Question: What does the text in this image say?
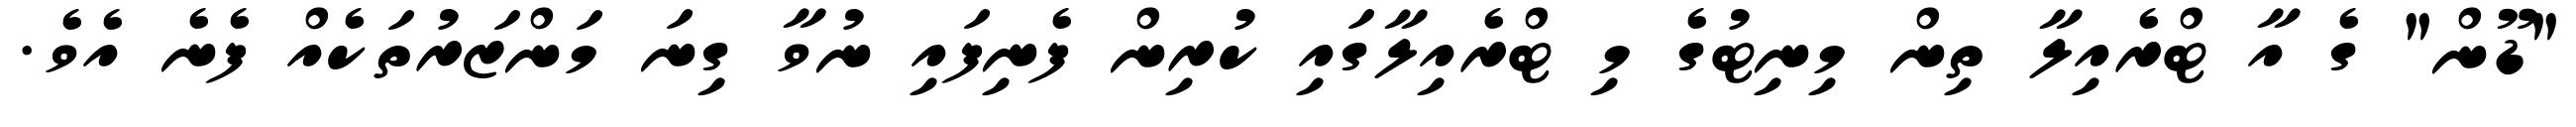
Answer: "ޑޫން" ގެ އާ ޓްރެއިލާ ތިން މިނިޓުގެ މި ޓްރެއިލާގައި ކުރިން ފެނިފައި ނުވާ ގިނަ މަންޒަރުތަކެއް ފެނެ އެވެ.